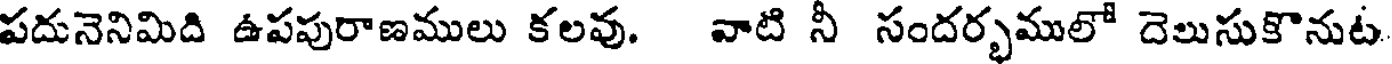
పదునెనిమిది ఉపపురాణములు కలవు. వాటి నీ సందర్భములో దెలుసుకొనుట